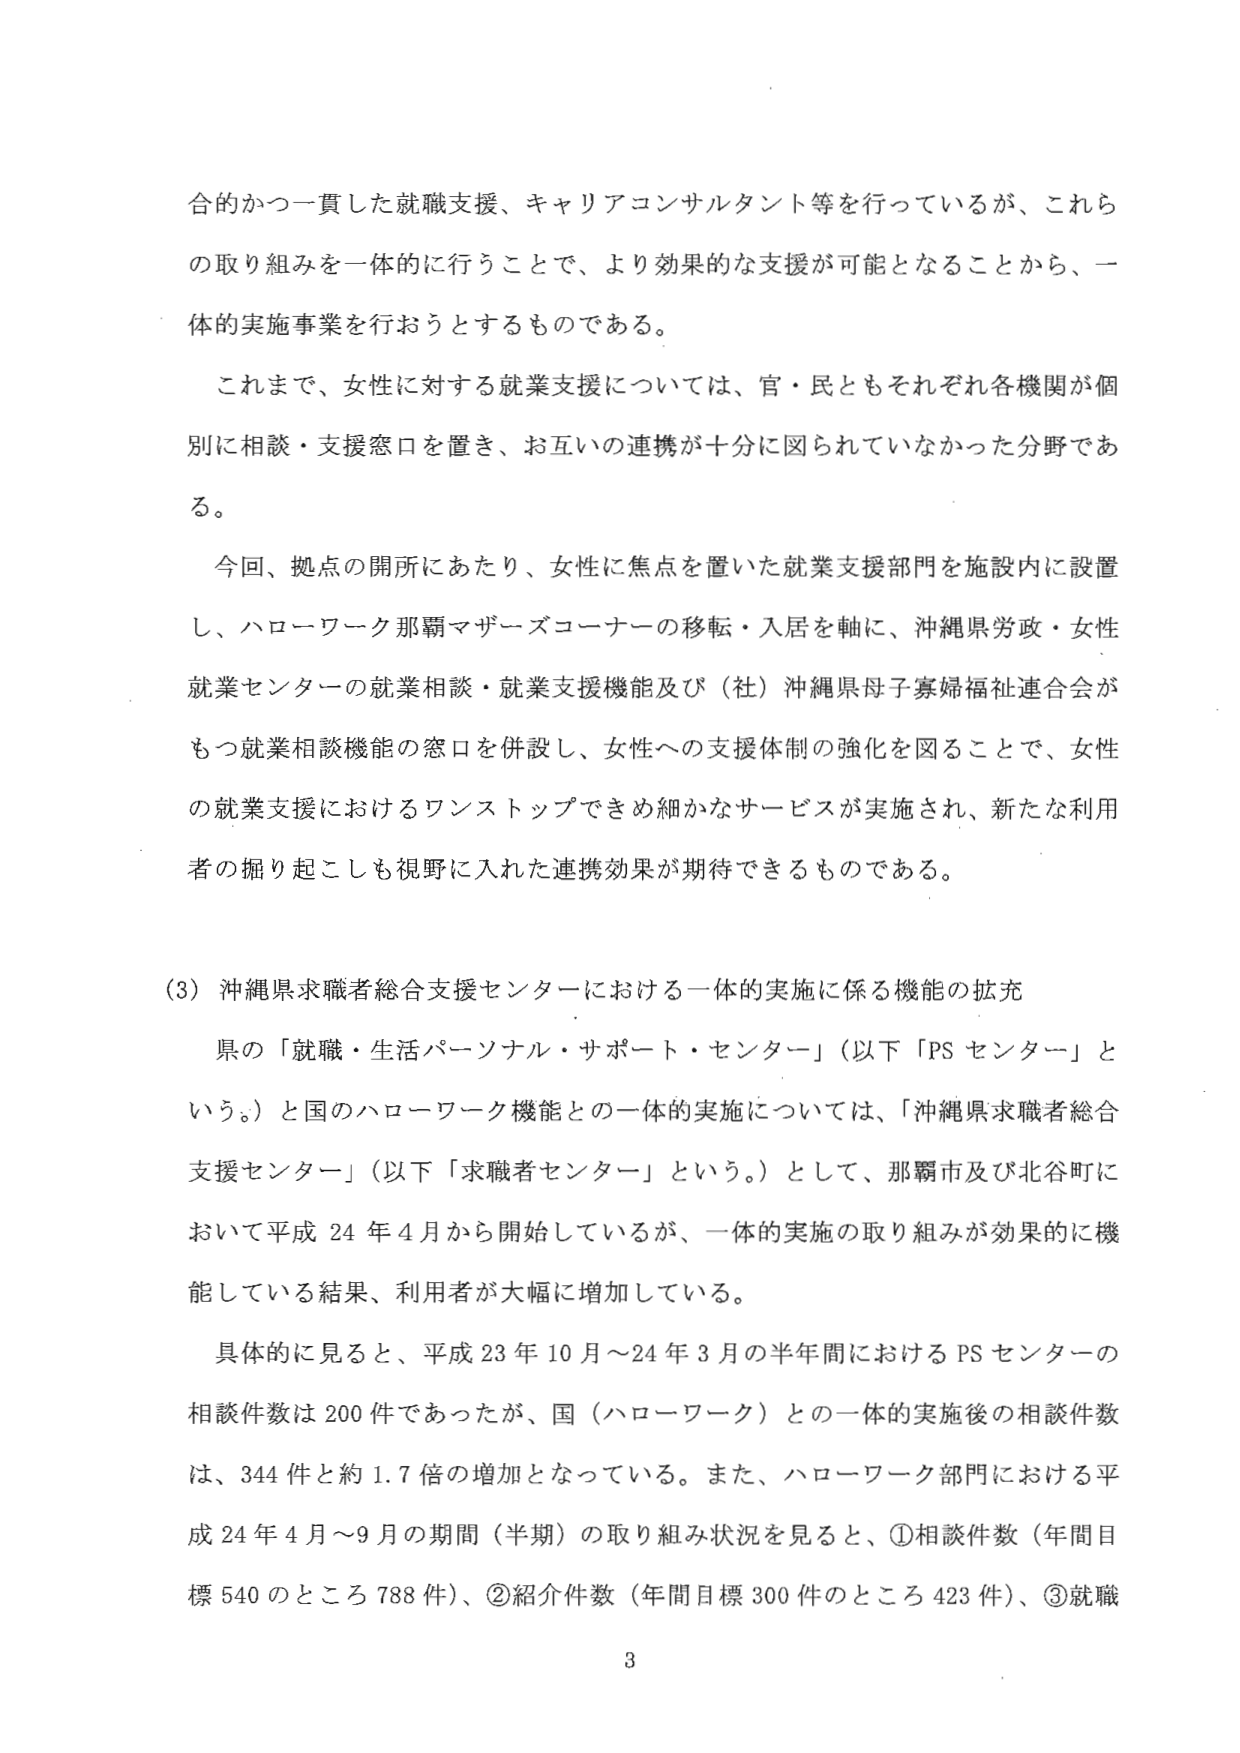
合的かつ一貫した就職支援、キャリアコンサルタント等を行っているが、これら
の取り組みを一体的に行うことで、より効果的な支援が可能となることから、一
体的実施事業を行おうとするものである。

これまで、女性に対する就業支援については、官・民ともそれぞれ各機関が個
別に相談・支援窓口を置き、お互いの連携が十分に図られていなかった分野であ
る。

今回、拠点の開所にあたり、女性に焦点を置いた就業支援部門を施設内に設置
し、ハローワーク那覇マザーズコーナーの移転・入居を軸に、沖縄県労政・女性
就業センターの就業相談・就業支援機能及び（社）沖縄県母子寡婦福祉連合会が
もつ就業相談機能の窓口を併設し、女性への支援体制の強化を図ることで、女性
の就業支援におけるワンストップできめ細かなサービスが実施され、新たな利用
者の掘り起こしも視野に入れた連携効果が期待できるものである。

(3) 沖縄県求職者総合支援センターにおける一体的実施に係る機能の拡充

県の「就職・生活パーソナル・サポート・センター」（以下「PS センター」と
いう。）と国のハローワーク機能との一体的実施については、「沖縄県求職者総合
支援センター」（以下「求職者センター」という。）として、那覇市及び北谷町に
おいて平成 24 年 4 月から開始しているが、一体的実施の取り組みが効果的に機
能している結果、利用者が大幅に増加している。

具体的に見ると、平成 23 年 10 月～24 年 3 月の半年間における PS センターの
相談件数は 200 件であったが、国（ハローワーク）との一体的実施後の相談件数
は、344 件と約 1.7 倍の増加となっている。また、ハローワーク部門における平
成 24 年 4 月～9 月の期間（半期）の取り組み状況を見ると、①相談件数（年間目
標 540 のところ 788 件）、②紹介件数（年間目標 300 件のところ 423 件）、③就職

3